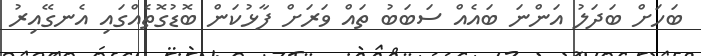
ބަހަށް ބަދަލު އަންނަ ބައެއް ސަބަބު ތައް ވަރަށް ފާޅުކަން ބޮޑުގޮތެއްގައި އެނގޭއިރު